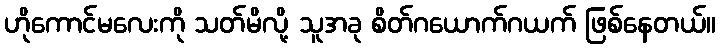
ဟိုကောင်မလေးကို သတ်မိလို့ သူအခု စိတ်ဂယောက်ဂယက် ဖြစ်နေတယ်။